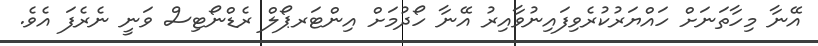
އޭނާ މިހާތަނަށް ހައްޔަރުކުރެވިފައިނުވާއިރު އޭނާ ހޯދުމަށް އިންޓަރޕޯލް ރެޑްނޯޓިސް ވަނީ ނެރެފަ އެވެ.